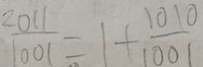
\frac { 2 0 1 1 } { 1 0 0 1 } = 1 + \frac { 1 0 1 0 } { 1 0 0 1 }